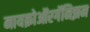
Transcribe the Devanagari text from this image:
मायक्रोऑरगॅनिझम